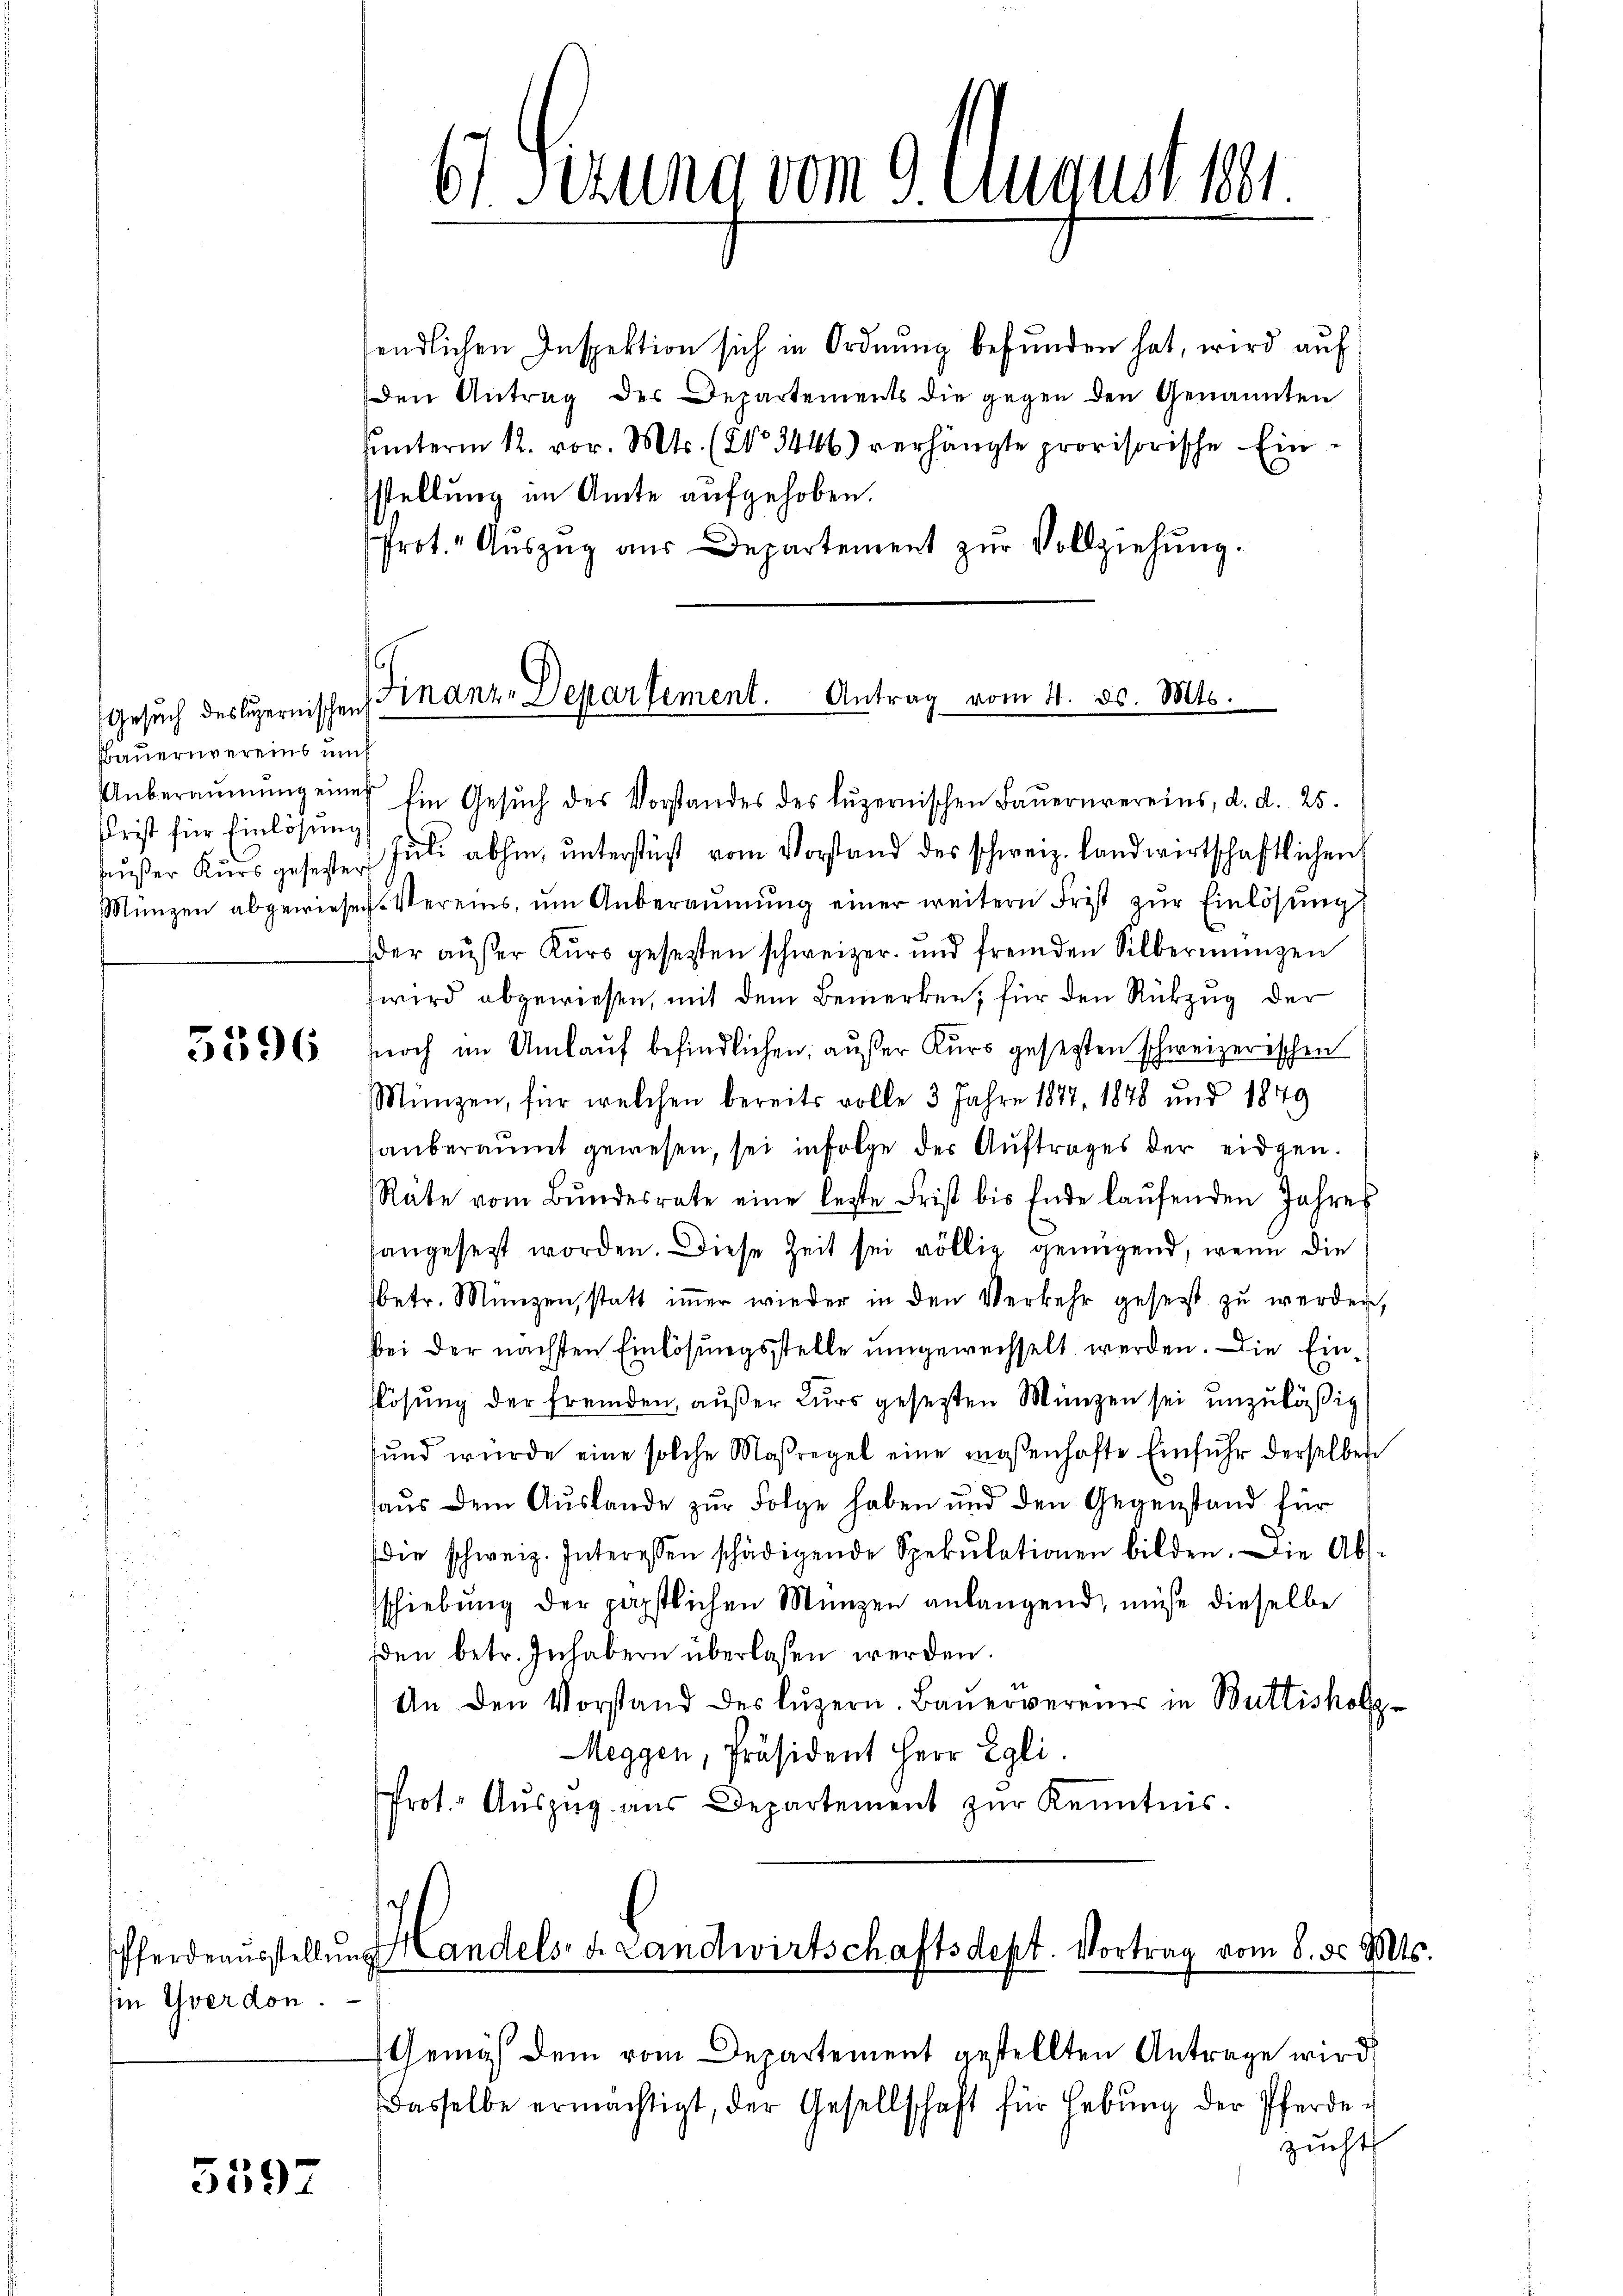
Gesuch des Luzernischen
Bauernvereins um
Unberäumung einer
Prist für Einlösung

5596

in Yverdon.

5597

endlichen Inspektion sich in Ordnung befunden hat, wird auf
den Antrag des Departements die gegen den Genannten
ŭnterm 12. vor. Mts. (No 3446) verhängte provisorische Einstellung im Amte aufgehoben.
Prot. Aŭszŭg aŭs Departement zŭr Vollziehŭng.

61 Sezung vom 9. August 181

.
Finanz-Departement. Antrag vom 4. ds. Mts.

Ein Gesuch des Vorstandes des luzernischen Bauernvereins, d. d. 25.
aŭβer Kŭrs gesesten Jŭli abhin, ŭnterstüßt vom Vorstand des schweiz. Landwirtschaftlichen
Münzen abgewiesen. Vereins ŭm Anberaŭmŭng einer weitern Frist zŭr Einlösung
Eder außer Kurs gesetzten schweizer und fremden Silbermangen
wird abgewiesen, mit dem Bemerken, für den Rükzug der
noch im Umlauf befindlichen, außer Kurs gesezten schweizerischen
Münzen, für welchen bereits volle 3 Jahre 1877, 1878 und 1849
sauberaumt gewesen, sei infolge der Auftrages der eidgen.
Räte vom Bŭndesrate eine letzte Frist bis Ende laŭfenden Jahres
hangesetzt worden. Diese Zeit sei völlig genügend, wenn die
betr. Münzen, statt immer wieder in den Verkehr gesetzt zu werden,
bei der nächsten Einlösungsstelle umgewechselt werden. Die Ein¬
Rösung der fremden, außer Kurs gesezten Münzen sei unzuläßig
und würde eine solche Maßregel eine maßenhafte Einfuhr derselben
haŭs dem Auslande zur Folge haben und den Gegenstand für
die schweiz. Interessen schädigende Spekulationen bilden. Die Ab-
schiebung der päpstlichen Münzen anlangend, müsse dieselbe
dden betr. Inhabern überlassen werden.
An den Vorstand des Lŭzern. Baŭervereine in Buttisholz-
Meggen, Präsident Herr Egli.
Prot. Aŭszŭg aŭs Departement zŭr Kenntnis.

d
Pferdeaŭsstellŭng Handels, d. Landwirtschaftsdept. Vortrag vom 8. d. Mts.

Gemäß dem vom Departement gestellten Antrage wird,
Dasselbe ermächtigt, der Gesellschaft für Hebŭng der Pferde-
zucht